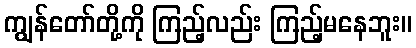
ကျွန်တော်တို့ကို ကြည့်လည်း ကြည့်မနေဘူး။